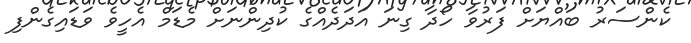
ކެންސަރު ބައްޔަށް ފަރުވާ ހޯދާ ގިނަ އަދަދެއްގެ ކުދިންނަށް މެޑަމް އެހީވެ ވަޑައިގެންފި